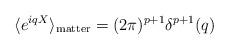
LaTeX: \begin{align*}\langle e^{iqX}\rangle_{\mathrm{matter}}=(2\pi)^{p+1}\delta^{p+1}(q)\end{align*}